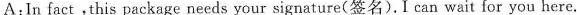
A:In fact,this package needs your signature(签名).I can wait for you here.